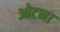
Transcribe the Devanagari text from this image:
ओटना